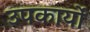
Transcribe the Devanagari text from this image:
उपकार्यों